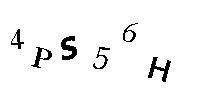
4PS56H